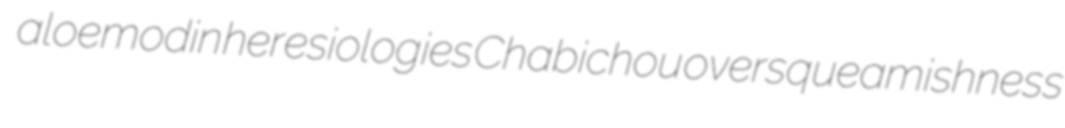
aloemodin heresiologies Chabichou oversqueamishness